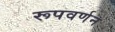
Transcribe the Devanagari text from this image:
रूपवर्णन